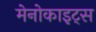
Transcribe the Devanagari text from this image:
मेनोकाइट्स